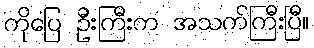
ကိုပြေ ဦးကြီးက အသက်ကြီးပြီ။